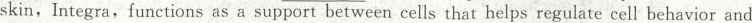
skin, Integra, functions as a support between cells that helps regulate cell behavior and